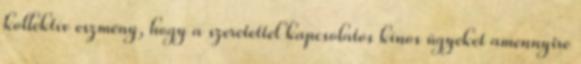
kollektív eszmény, hogy a szeretettel kapcsolatos kínos ügyeket amennyire